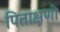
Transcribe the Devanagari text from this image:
पिताक्षणी